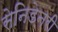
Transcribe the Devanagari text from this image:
सेनिडेनरी